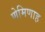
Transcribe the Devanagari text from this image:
णेमिणाह